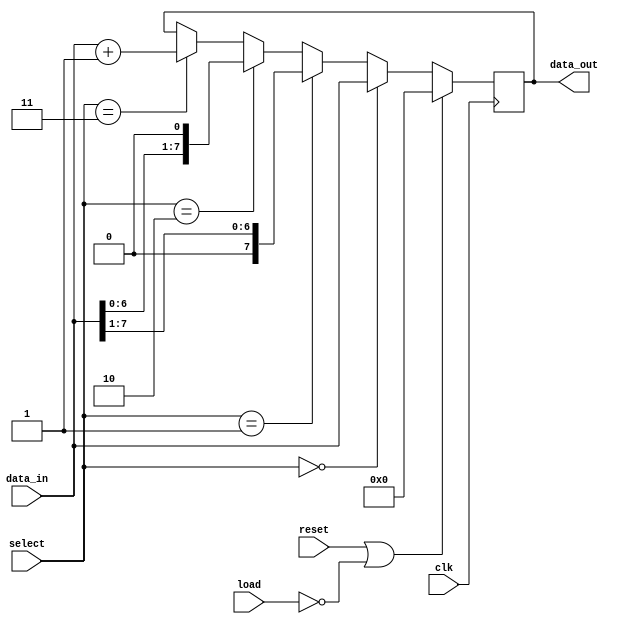

module Shiftregister(data_in,select,data_out,clk,reset,load);

input [7:0] data_in;
input [1:0] select;
input clk;
input reset;
input load;
output reg [7:0]data_out;
reg [7:0]tmp;

initial 
begin
    data_out [7:0] = 8'b00000000;
end

always @(posedge clk)
begin
    if ( reset == 1 || load == 0)
    begin
        data_out [7:0] = 8'b00000000;
    end

    else
    begin
        if(select [1:0]== 2'b00)
        begin
            data_out [7:0] = data_in [7:0];
        end

        else if (select [1:0]== 2'b01)
        begin
            tmp [7:0] = data_in [7:0] >> 1;
            data_out [7:0] = tmp [7:0];
        end

        else if (select [1:0]== 2'b10)
        begin
            tmp [7:0] =data_in [7:0] << 1;
            data_out [7:0] = tmp[7:0];
        end

        else if(select [1:0]== 2'b11)
        begin
            tmp [7:0] = data_in [7:0] +1;
            data_out [7:0] = tmp[7:0];
        end
        
    end

end

endmodule